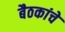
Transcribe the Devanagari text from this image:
बैठकांचे